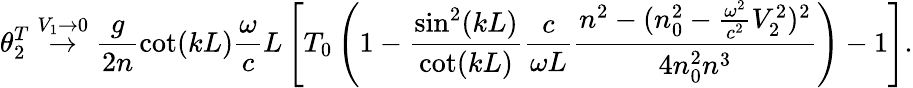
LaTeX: \theta_{2}^{T}\stackrel{V_{1}\rightarrow 0}{\rightarrow}\frac{g}{2n}{\cot(kL)}\frac{\omega}{c}L\left[T_{0}\left(1-\frac{{\sin^{2}(kL)}}{\cot(kL)}\frac{c}{\omega L}\frac{n^{2}-(n_{0}^{2}-\frac{\omega^{2}}{c^{2}}V_{2}^{2})^{2}}{4n_{0}^{2}n^{3}}\right)-1\right].